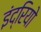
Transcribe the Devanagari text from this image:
इंद्रियो